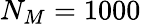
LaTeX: N_{M}=1000